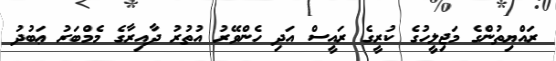
ރައްޔިތުންގެ މަޖިލީހުގެ ކުރީގެ ރައީސް އަދި ހެންވޭރު އުތުރު ދާއިރާގެ މެމްބަރު ޢަބުދު